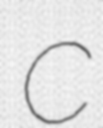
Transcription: C